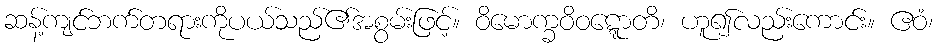
ဆန့်ကျင်ဘက်တရားကိုပယ်သည်၏အစွမ်းဖြင့်။ ဝိမောက္ခဝိဝဋ္ဋောတိ၊ ဟူ၍လည်းကောင်း။ ဧဝံ၊